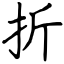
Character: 折